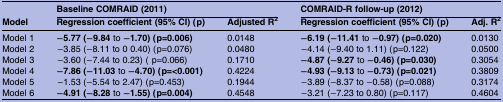
| <ROWSPAN=2> Model | <COLSPAN=2> Baseline COMRAID (2011) | <COLSPAN=2> COMRAID-R follow-up (2012) |
 | Regression coefficient (95% CI) (p) | Adjusted R2 | Regression coefficient (95% CI) (p) | Adj. R2 |
 | --- | --- | --- | --- | --- |
 | Model 1 | −5.77 (−9.84 to −1.70)(p=0.006) | 0.0148 | −6.19 (−11.41 to −0.97)(p=0.020) | 0.0130 |
 | Model 2 | −3.85 (−8.11 to 0 0.40) (p=0.076) | 0.0480 | −4.14 (−9.40 to 1.11) (p=0.122) | 0.0500 |
 | Model 3 | −3.60 (−7.44 to 0.23) ( p=0.066) | 0.1710 | −4.87 (−9.27 to −0.46)(p=0.030) | 0.3054 |
 | Model 4 | −7.86 (−11.03 to −4.70)(p=<0.001) | 0.4224 | −4.93 (−9.13 to −0.73)(p=0.021) | 0.3809 |
 | Model 5 | −1.53 (−5.54 to 2.47) (p=0.453) | 0.1944 | −3.89 (−8.37 to −0.58) (p=0.088) | 0.3174 |
 | Model 6 | −4.91 (−8.28 to −1.55)(p=0.004) | 0.4548 | −3.21 (−7.23 to 0.80) (p=0.117) | 0.4604 |